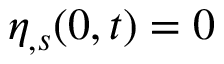
\eta _ { , s } ( 0 , t ) = 0